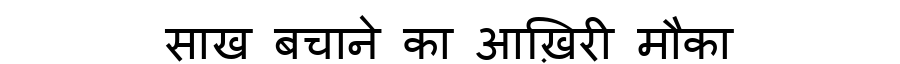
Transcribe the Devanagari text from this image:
साख बचाने का आख़िरी मौका